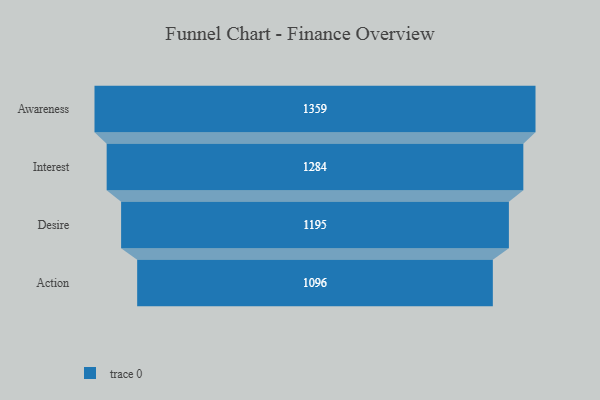
{"axis": {"x": "Stage", "y": "Value"}, "legend": [""], "data": [{"x": "Awareness", "y": 1359.0, "type": ""}, {"x": "Interest", "y": 1284.0, "type": ""}, {"x": "Desire", "y": 1195.0, "type": ""}, {"x": "Action", "y": 1096.0, "type": ""}]}